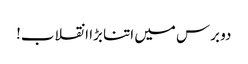
دو برس میں اتنا بڑا انقلاب!